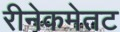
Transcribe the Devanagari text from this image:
रीनेकमेतट